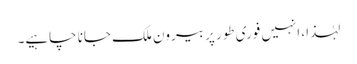
لہٰذا، انہیں فوری طور پر بیرون ملک جانا چاہیے۔